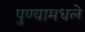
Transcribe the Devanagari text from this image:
पुण्यामधले